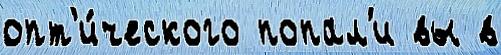
опт'и́ческого попал'и вы в